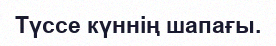
Түссе күннің шапағы.